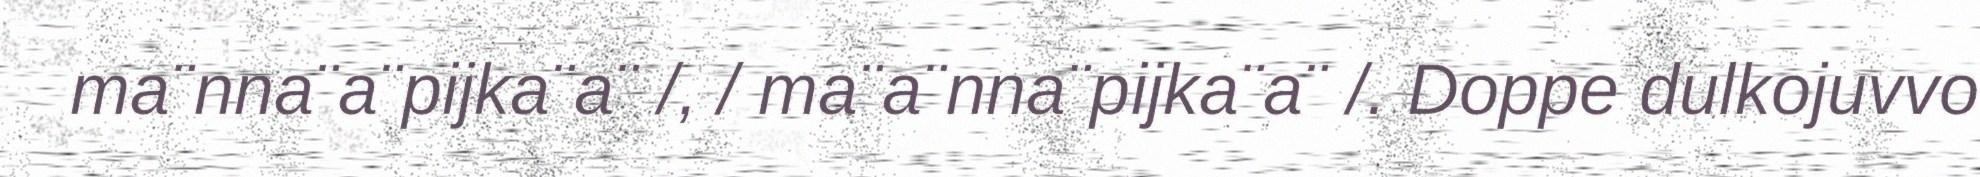
ma¨nna¨a¨pijka¨a¨ /, / ma¨a¨nna¨pijka¨a¨ /. Doppe dulkojuvvo